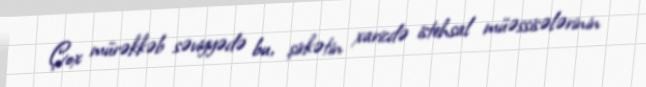
Çox mürəkkəb səviyyədə bu, şirkətin xaricdə istehsal müəssisələrinin